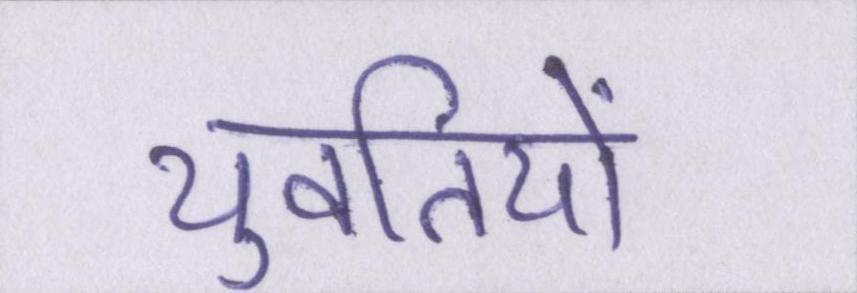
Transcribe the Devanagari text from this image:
युवतियों